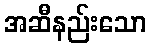
အဆီနည်းသော